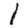
Digit: 1